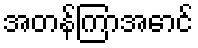
အတန်ကြာအောင်